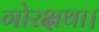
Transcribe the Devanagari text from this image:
गोरक्षथा।